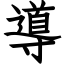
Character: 導